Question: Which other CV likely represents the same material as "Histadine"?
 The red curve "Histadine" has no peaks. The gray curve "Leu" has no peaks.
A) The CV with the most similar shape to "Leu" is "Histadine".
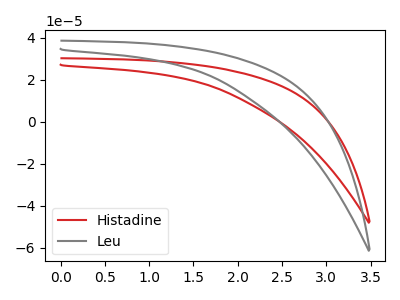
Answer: <think>Neither "Histadine" or "Leu" have any peaks.
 </think>
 <answer>A) The CV with the most similar shape to "Leu" is "Histadine".</answer>
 <eval>A</eval>